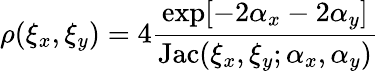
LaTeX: \rho(\xi_{x},\xi_{y})=4\frac{\exp[-2\alpha_{x}-2\alpha_{y}]}{\mathrm{Jac}(\xi_{x},\xi_{y};\alpha_{x},\alpha_{y})}